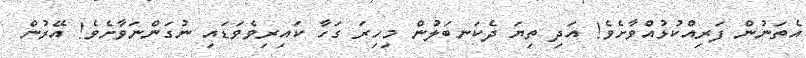
އެތަނުން ފަރިއްކުޅުއްވާށެވެ! އަދި ތިޔަ ދެކަނބަލުން މިހިރަ ގަހާ ކައިރިވެވަޑައި ނުގަންނަވާށެވެ! އޭރުން